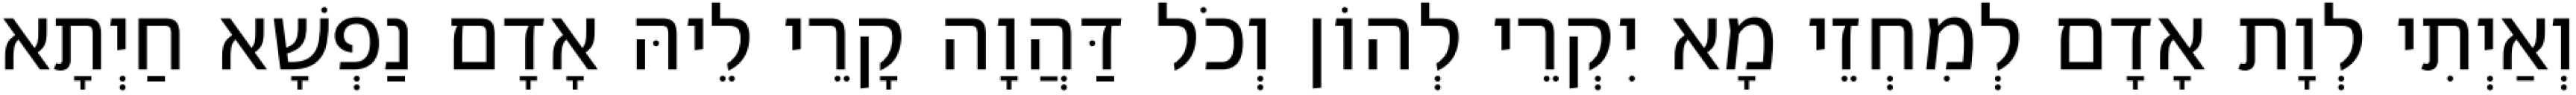
וְאַיְתִי לְוָת אָדָם לְמִחְזֵי מָא יִקְרֵי לְהוֹן וְכֹל דַּהֲוָה קָרֵי לֵיהּ אָדָם נַפְשָׁא חַיְתָא